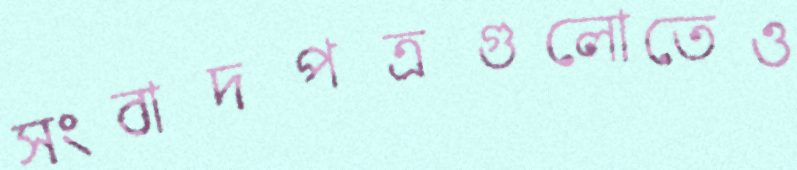
সংবাদপত্রগুলোতেও